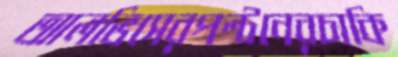
আলভিসেরপল্টনেরচাকি